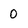
Character: 0